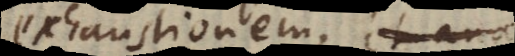
exhaustionem